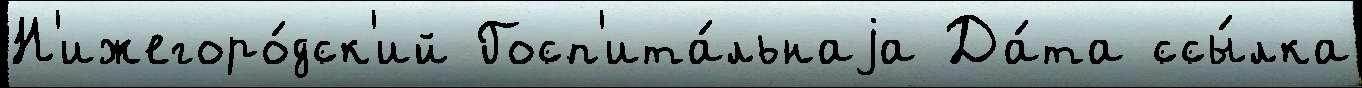
Н'ижегоро́дск'ий Госп'ита́льнаjа Да́та ссы́лка